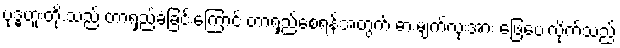
ဗုဒ္ဓဟူးတို.သည် တာရှည်ခံခြင်းကြောင့် တာရှည်စေရန်အတွက် ဓားမျက်လုံးအား ဖြေပေးလိုက်သည်